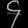
Digit: ၄